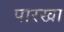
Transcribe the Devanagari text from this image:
पारखा